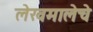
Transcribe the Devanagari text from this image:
लेखमालेचे